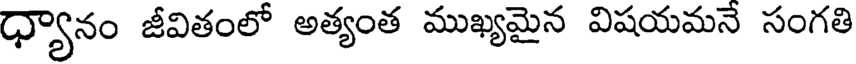
ధ్యానం జీవితంలో అత్యంత ముఖ్యమైన విషయమనే సంగతి